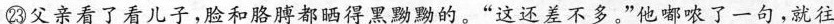
㉓父亲看了看儿子，脸和胳膊都晒得黑黝黝的，”这还差不多，”他嘟哝了一句，就往